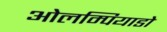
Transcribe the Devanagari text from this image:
ओलम्पियाडो